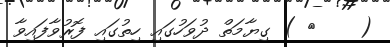
(    ٩ ) ގިޔާމަތް ދުވަހުގައި ހިތުގައި ފޮރުވާފައިވާ